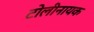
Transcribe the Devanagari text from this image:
टोलीनायक